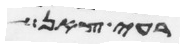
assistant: רעי צאן